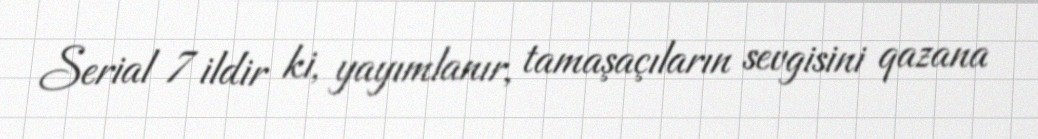
Serial 7 ildir ki, yayımlanır, tamaşaçıların sevgisini qazana